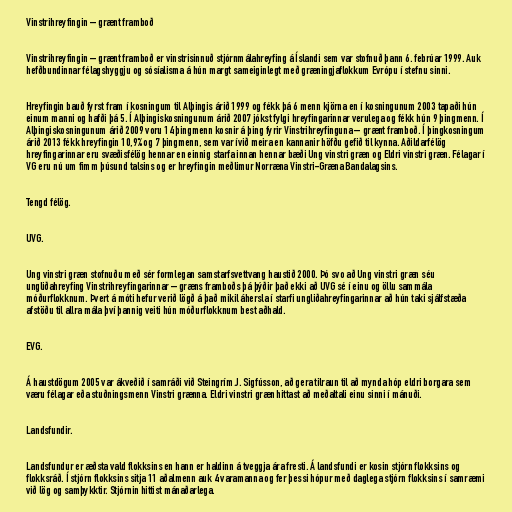
Vinstrihreyfingin – grænt framboð

Vinstrihreyfingin – grænt framboð er vinstrisinnuð stjórnmálahreyfing á Íslandi sem var stofnuð þann 6. febrúar 1999. Auk
hefðbundinnar félagshyggju og sósíalisma á hún margt sameiginlegt með græningjaflokkum Evrópu í stefnu sinni.

Hreyfingin bauð fyrst fram í kosningum til Alþingis árið 1999 og fékk þá 6 menn kjörna en í kosningunum 2003 tapaði hún
einum manni og hafði þá 5. Í Alþingiskosningunum árið 2007 jókst fylgi hreyfingarinnar verulega og fékk hún 9 þingmenn. Í
Alþingiskosningunum árið 2009 voru 14 þingmenn kosnir á þing fyrir Vinstrihreyfinguna – grænt framboð. Í þingkosningum
árið 2013 fékk hreyfingin 10,9% og 7 þingmenn, sem var ívið meira en kannanir höfðu gefið til kynna. Aðildarfélög
hreyfingarinnar eru svæðisfélög hennar en einnig starfa innan hennar bæði Ung vinstri græn og Eldri vinstri græn. Félagar í
VG eru nú um fimm þúsund talsins og er hreyfingin meðlimur Norræna Vinstri-Græna Bandalagsins.

Tengd félög.

UVG.

Ung vinstri græn stofnuðu með sér formlegan samstarfsvettvang haustið 2000. Þó svo að Ung vinstri græn séu
ungliðahreyfing Vinstrihreyfingarinnar – græns framboðs þá þýðir það ekki að UVG sé í einu og öllu sammála
móðurflokknum. Þvert á móti hefur verið lögð á það mikil áhersla í starfi ungliðahreyfingarinnar að hún taki sjálfstæða
afstöðu til allra mála því þannig veiti hún móðurflokknum best aðhald.

EVG.

Á haustdögum 2005 var ákveðið í samráði við Steingrím J. Sigfússon, að gera tilraun til að mynda hóp eldri borgara sem
væru félagar eða stuðningsmenn Vinstri grænna. Eldri vinstri græn hittast að meðaltali einu sinni í mánuði.

Landsfundir.

Landsfundur er æðsta vald flokksins en hann er haldinn á tveggja ára fresti. Á landsfundi er kosin stjórn flokksins og
flokksráð. Í stjórn flokksins sitja 11 aðalmenn auk 4 varamanna og fer þessi hópur með daglega stjórn flokksins í samræmi
við lög og samþykktir. Stjórnin hittist mánaðarlega.